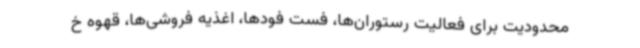
محدودیت برای فعالیت رستوران‌ها، فست فودها، اغذیه فروشی‌ها، قهوه خ